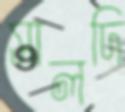
সালদি